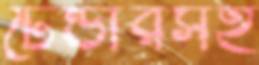
টেন্ডারসহ